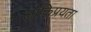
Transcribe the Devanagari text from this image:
लोकिप्रयता